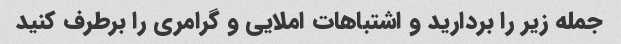
جمله زیر را بردارید و اشتباهات املایی و گرامری را برطرف کنید